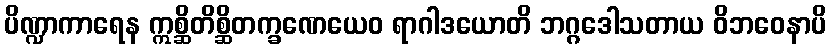
ပိဏ္ဍာကာရေန ဣစ္ဆိတိစ္ဆိတက္ခဏေယေဝ ရာဂါဒယောတိ ဘဂ္ဂဒေါသတာယ ဝိဘဝေနာပိ